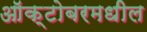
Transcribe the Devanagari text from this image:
ऑक्टोबरमधील